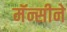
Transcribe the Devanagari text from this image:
मॅन्सीने